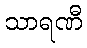
သာရဏီ